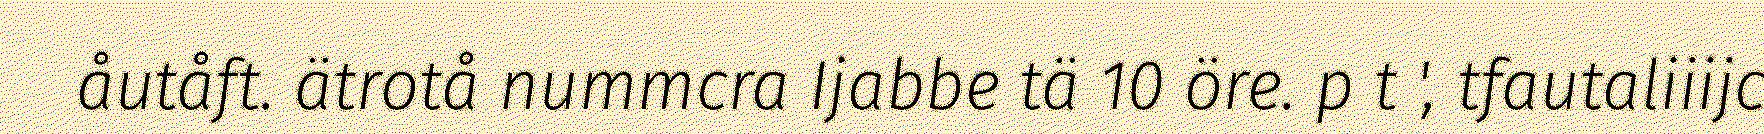
åutåft. ätrotå nummcra Ijabbe tä 10 öre. p t ', tfautaliiijc